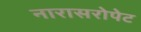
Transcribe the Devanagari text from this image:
नारासरोपेट